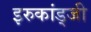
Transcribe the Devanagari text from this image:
इरुकांड्जी